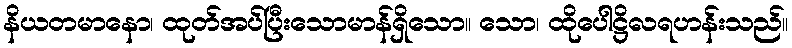
နိယတမာနော၊ ထုတ်အပ်ပြီးသောမာန်ရှိသော။ သော၊ ထိုပေါဋ္ဌိလရဟန်းသည်။